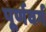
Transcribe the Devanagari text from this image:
पूर्णवर्ग